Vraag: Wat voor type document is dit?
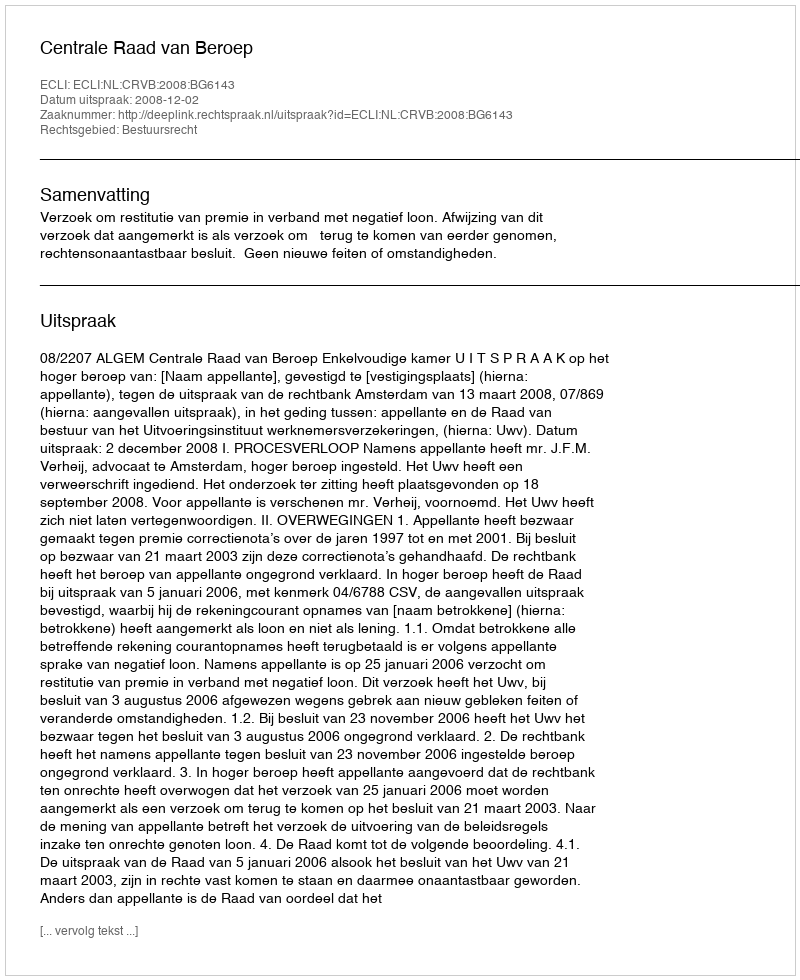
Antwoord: Uitspraak